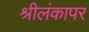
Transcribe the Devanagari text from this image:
श्रीलंकापर